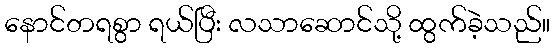
နောင်တရစွာ ရယ်ပြီး လသာဆောင်သို့ ထွက်ခဲ့သည်။